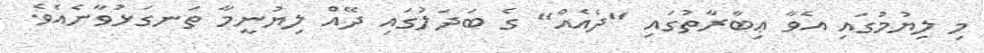
މި ލިޔުމުގައި އެވާ ޢިބާރާތުގައި "ދެއެއް" ގެ ބަދަލުގައި ދޭއް ލިޔުނީމާ ތަނގަޅުވާނެއެވެ.